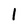
Character: 1